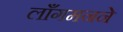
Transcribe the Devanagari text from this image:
लाँगमनने